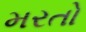
મરતો